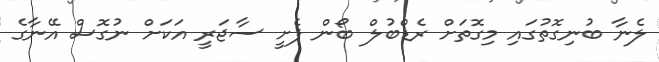
ލެނާ ބުނިގޮތުގައި މިގޮތަށް ރެޑްބުލް ބޯން ފެށީ ސާޖަރީ އަކަށް ނުގޮސް އޭނާގެ